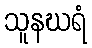
သူနဃရံ